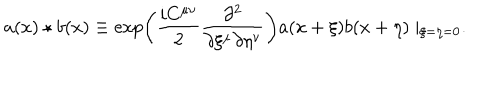
a ( x ) \star b ( x ) \equiv \exp \left( \frac { i C ^ { \mu \nu } } { 2 } \frac { \partial ^ { 2 } } { \partial \xi ^ { \mu } \partial \eta ^ { \nu } } \right) a ( x + \xi ) b ( x + \eta ) \mid _ { \xi = \eta = 0 } .